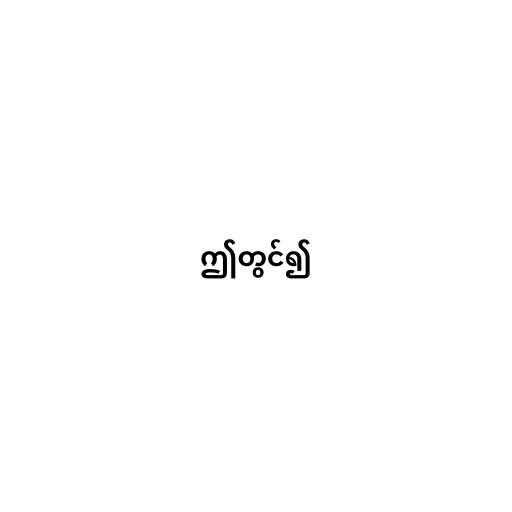
ဤတွင်၍